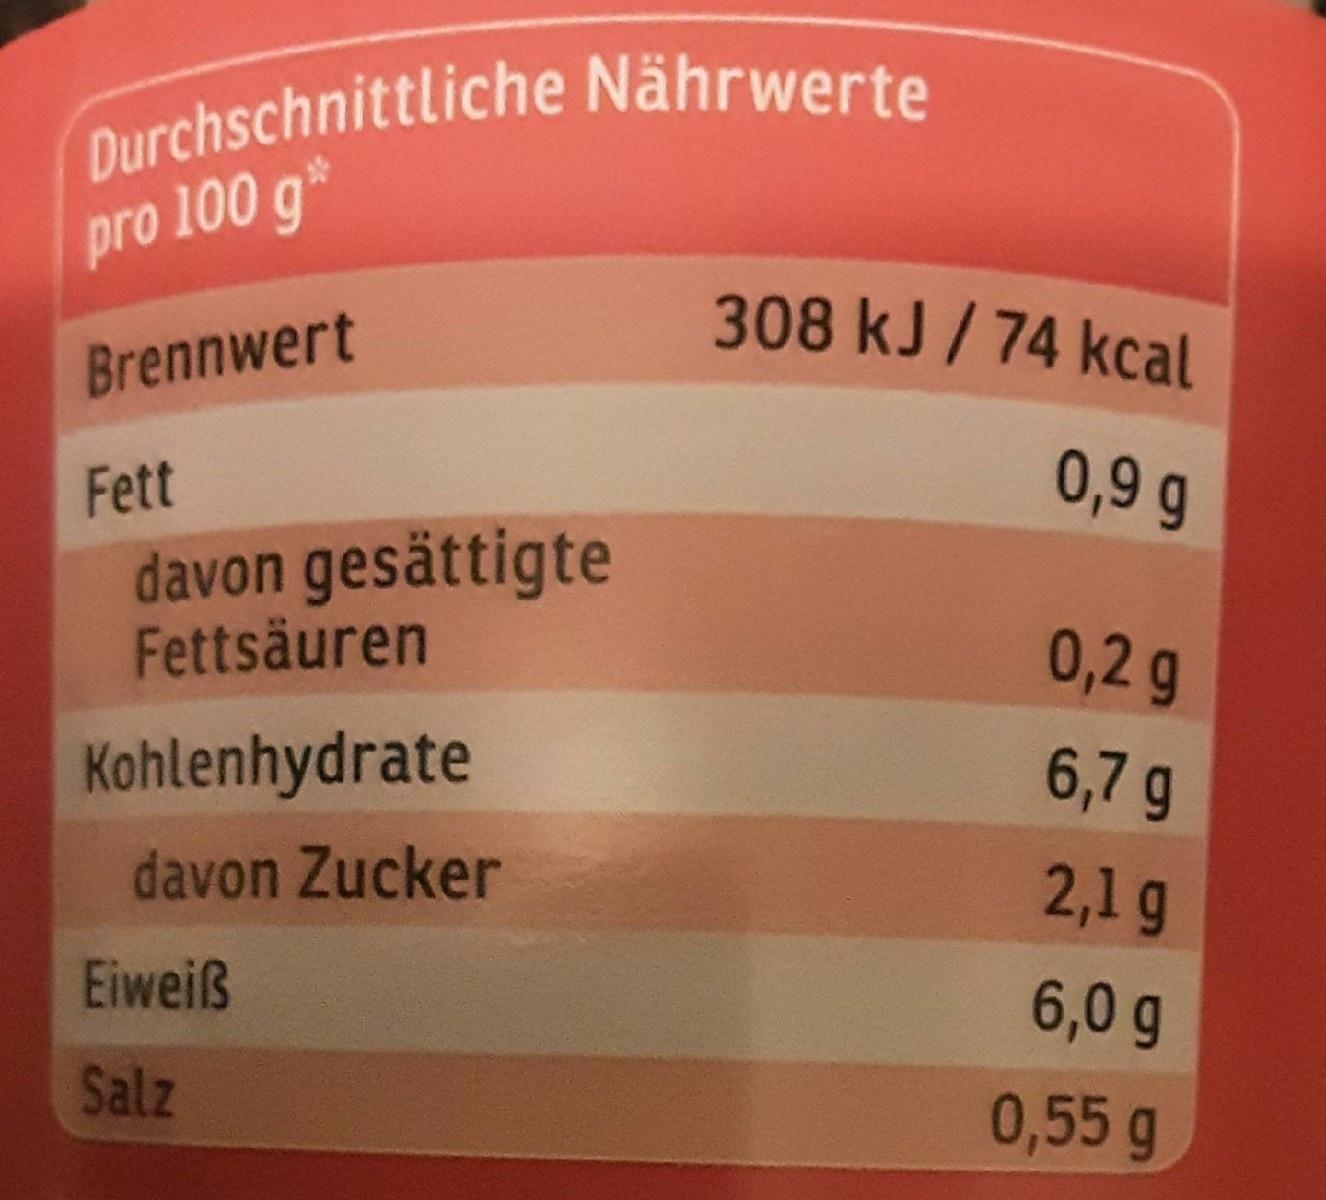
Durchschnittliche Nährwerte pro 100 g*
308 kJ /74 kcal
Brennwert
Fett
0,9 g
davon gesättigte Fettsäuren
0,2 g
Kohlenhydrate
6,7g
davon Zucker
2,1g
Eiweiß
6,0 g
Salz
0,55g